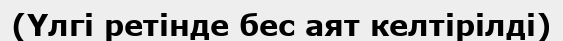
(Үлгі ретінде бес аят келтірілді)